Annual report on the working of the Harcourt Butler Institute of Public Health, Rangoon
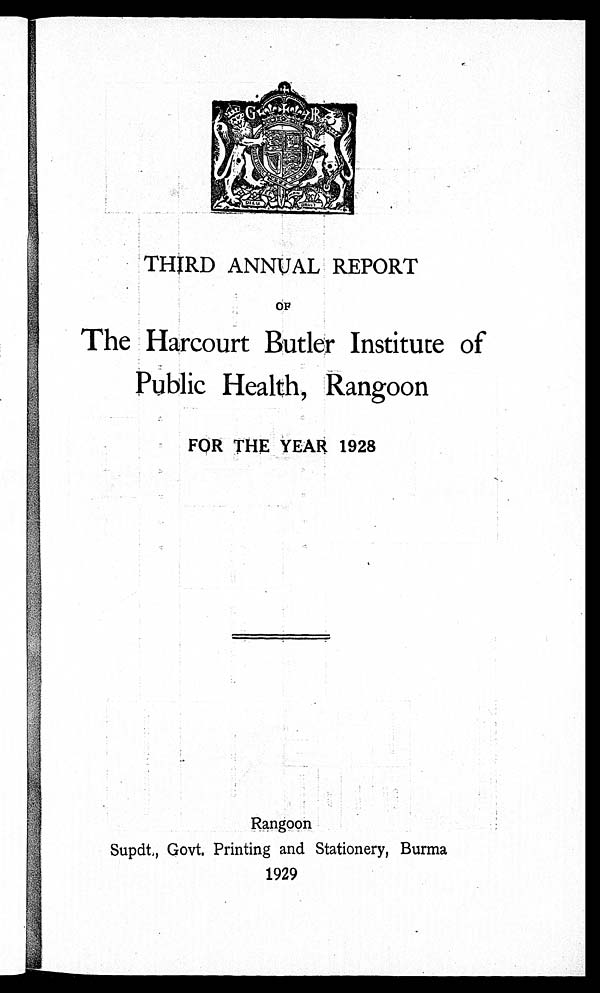
THIRD ANNUAL REPORT
OF
The Harcourt Butler Institute of
Public Health, Rangoon
FOR THE YEAR 1928
Rangoon
Supdt., Govt. Printing and Stationery, Burma
1929